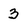
Character: 3